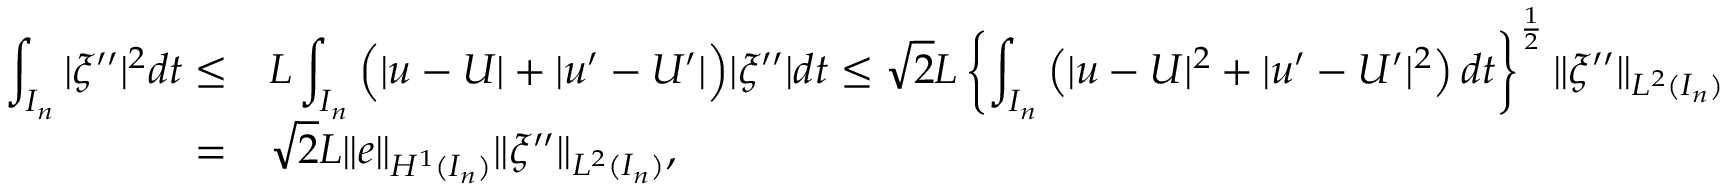
\begin{array} { r l } { \displaystyle \int _ { I _ { n } } | \xi ^ { \prime \prime } | ^ { 2 } d t \le } & { L \displaystyle \int _ { I _ { n } } \Big ( | u - U | + | u ^ { \prime } - U ^ { \prime } | \Big ) | \xi ^ { \prime \prime } | d t \leq \sqrt { 2 } L \left\{ \displaystyle \int _ { I _ { n } } \left( | u - U | ^ { 2 } + | u ^ { \prime } - U ^ { \prime } | ^ { 2 } \right) d t \right\} ^ { \frac { 1 } { 2 } } \| \xi ^ { \prime \prime } \| _ { L ^ { 2 } ( I _ { n } ) } } \\ { = } & { \sqrt { 2 } L \| e \| _ { H ^ { 1 } ( I _ { n } ) } \| \xi ^ { \prime \prime } \| _ { L ^ { 2 } ( I _ { n } ) } , } \end{array}